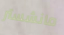
مانشستر